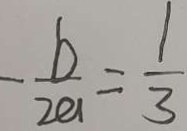
- \frac { b } { 2 a } = \frac { 1 } { 3 }